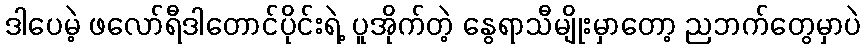
ဒါပေမဲ့ ဖလော်ရီဒါတောင်ပိုင်းရဲ့ ပူအိုက်တဲ့ နွေရာသီမျိုးမှာတော့ ညဘက်တွေမှာပဲ